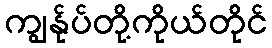
ကျွန်ုပ်တို့ကိုယ်တိုင်